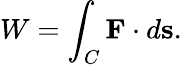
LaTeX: W=\int_{C}\mathbf{F}\cdot d\mathbf{s}.